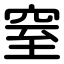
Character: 窒